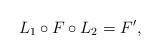
LaTeX: \begin{align*}L_1 \circ F \circ L_2 = F',\end{align*}